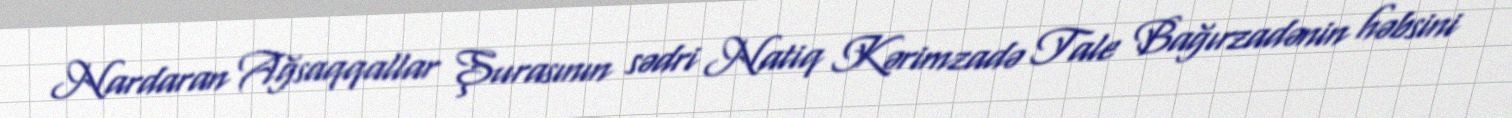
Nardaran Ağsaqqallar Şurasının sədri Natiq Kərimzadə Tale Bağırzadənin həbsini